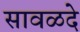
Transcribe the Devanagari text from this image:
सावळदे